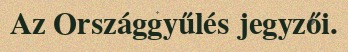
Az Országgyűlés jegyzői.